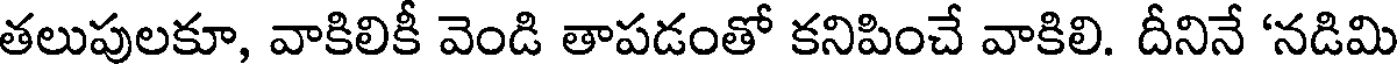
తలుపులకూ, వాకిలికీ వెండి తాపడంతో కనిపించే వాకిలి. దీనినే 'నడిమి